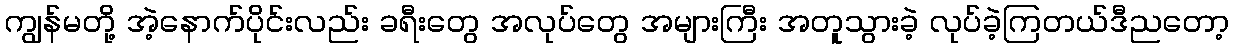
ကျွန်မတို့ အဲ့နောက်ပိုင်းလည်း ခရီးတွေ အလုပ်တွေ အများကြီး အတူသွားခဲ့ လုပ်ခဲ့ကြတယ်ဒီညတော့